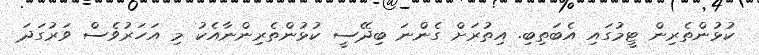
ކުޅުންތެރިން ޓީމުގައި އެބަތިބި. އިތުރަށް ގެންނަ ބިދޭސީ ކުޅުންތެރިންނާއެކު މި އަހަރުވެސް ވަރުގަދަ